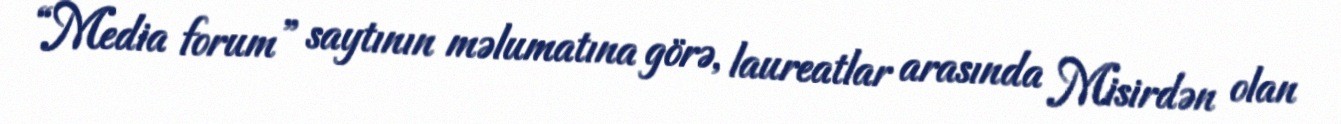
“Media forum” saytının məlumatına görə, laureatlar arasında Misirdən olan